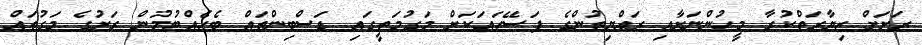
ރަށަށް ޒިޔާރަތްކުރާ މީހުންނަށާއި ރައްޔިތުންގެ ފަސޭހައަކަށް މަގުމަތީގައި ޑަސްބިންތައް ބެހެއްޓުމުން ރަށުގެ މަގުތައް